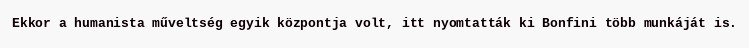
Ekkor a humanista műveltség egyik központja volt, itt nyomtatták ki Bonfini több munkáját is.